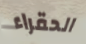
الحقراء